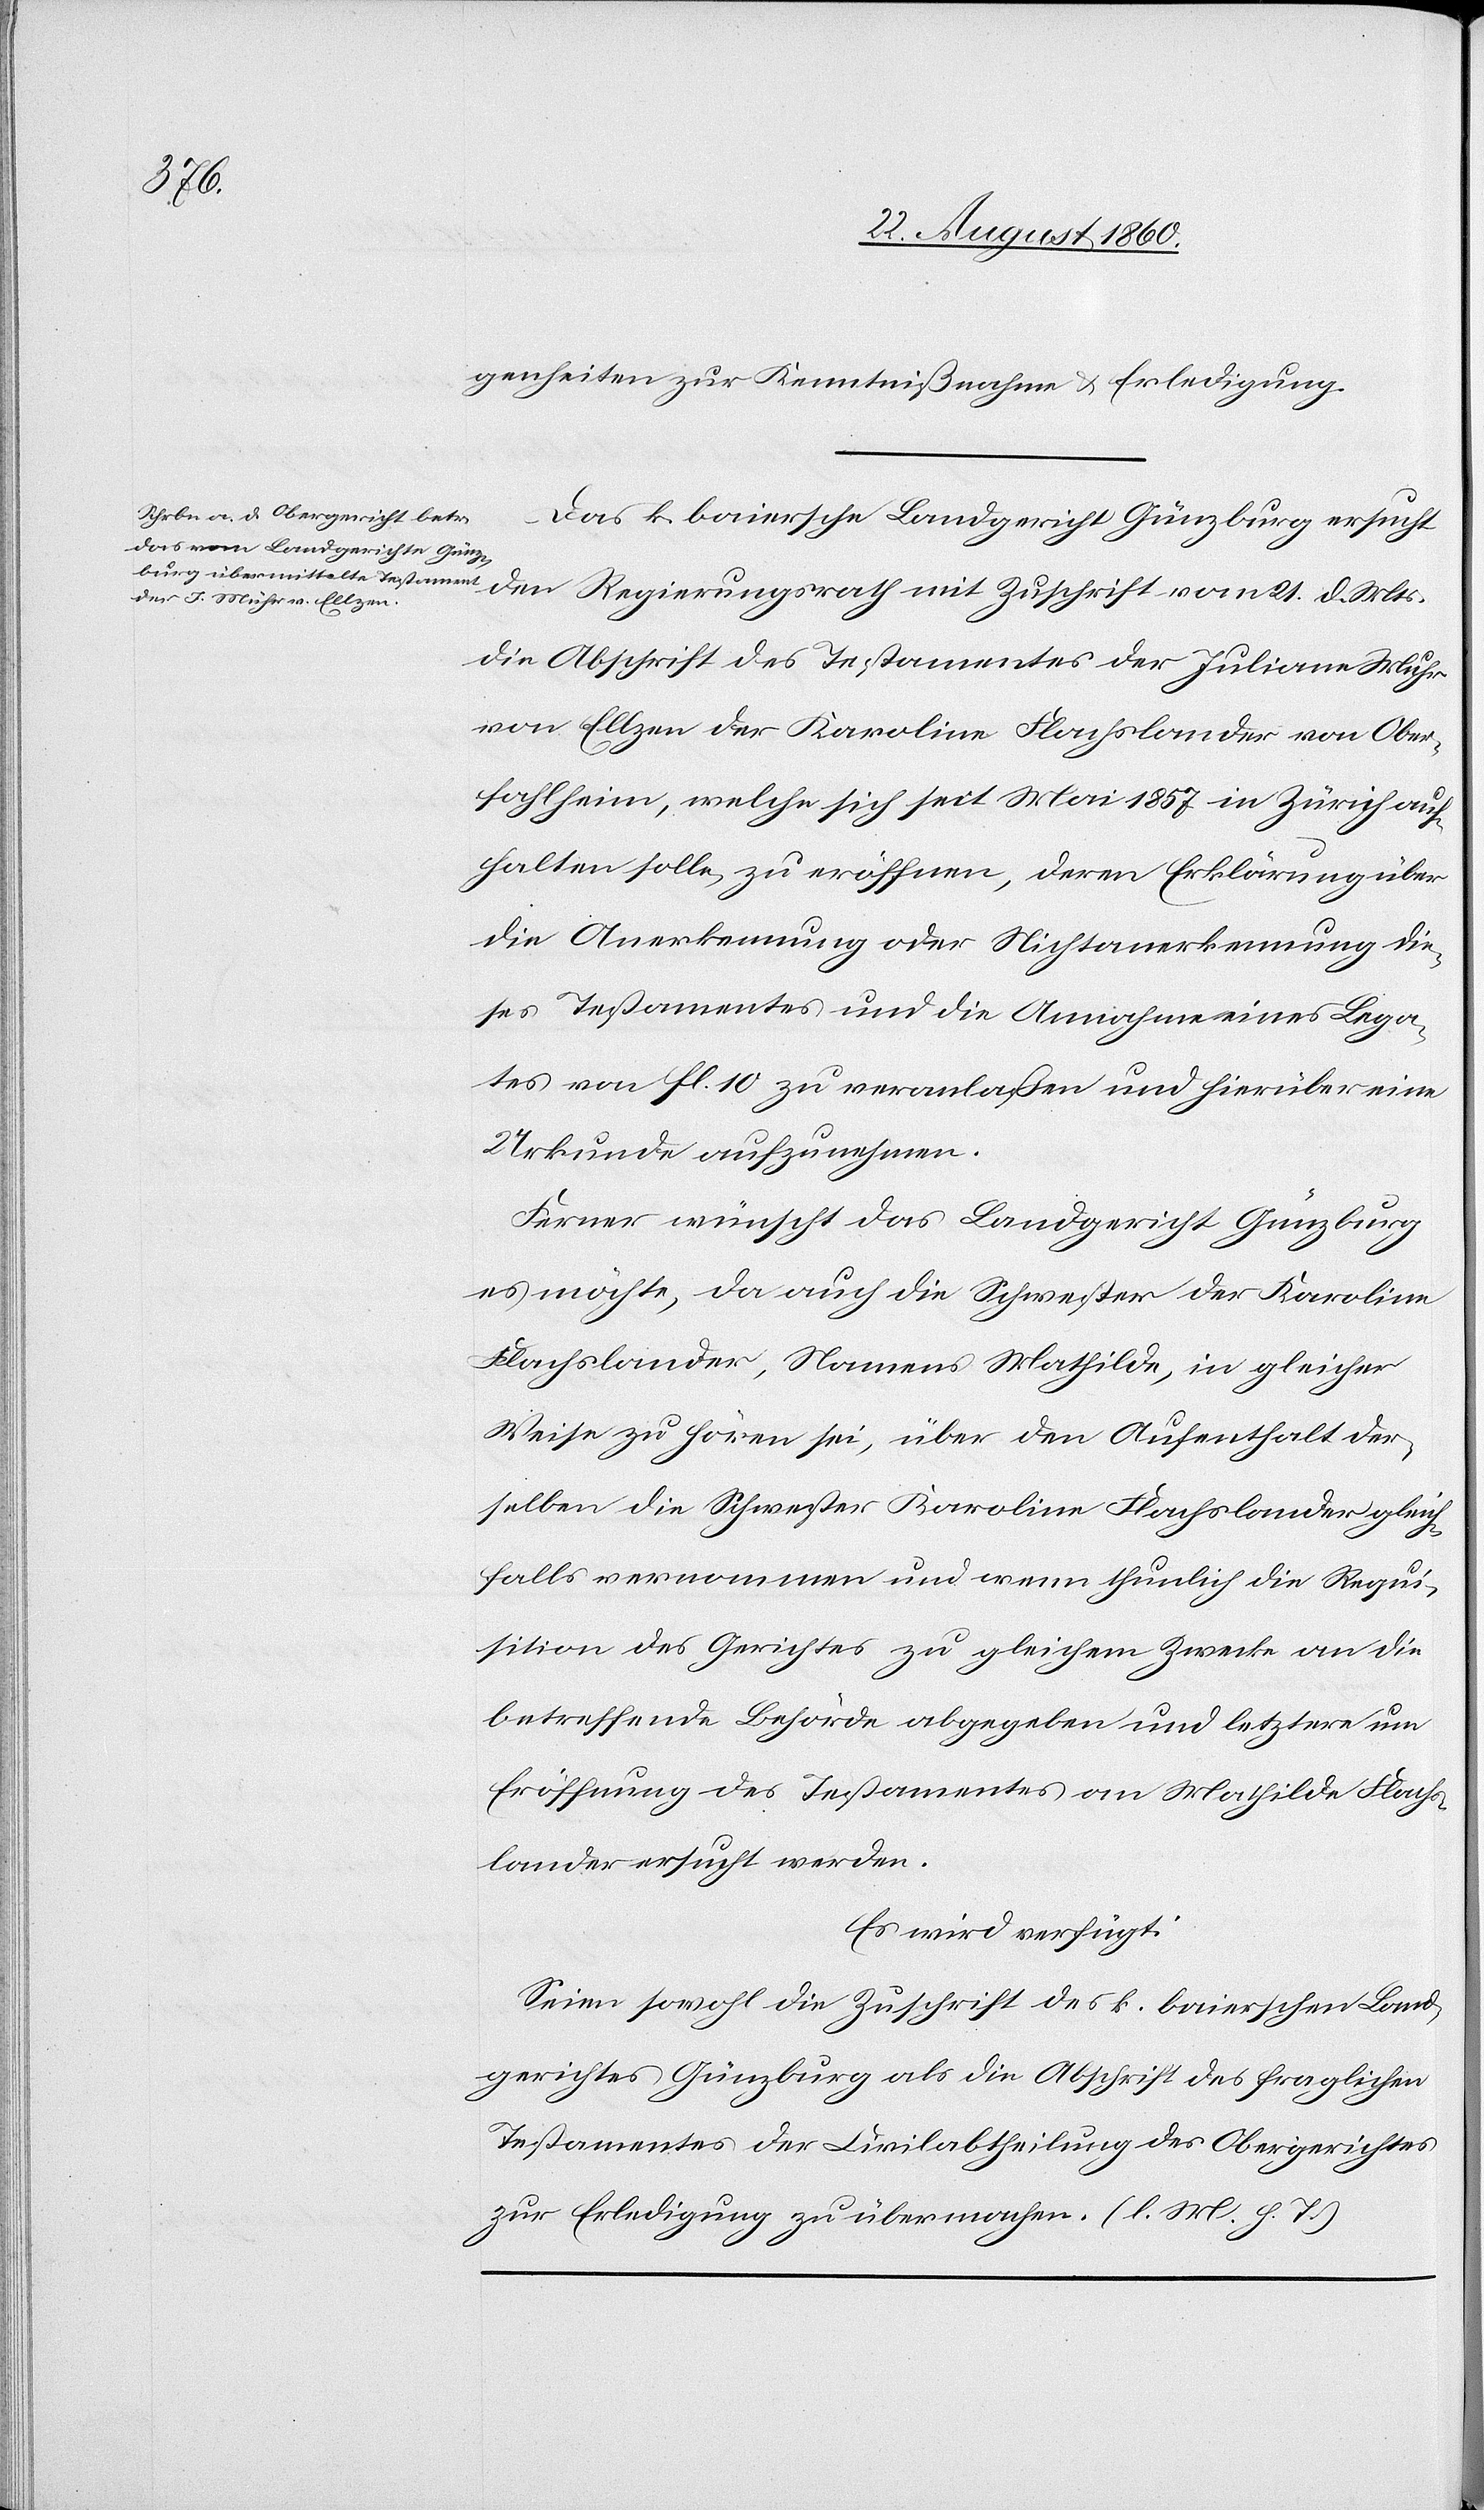
21. d.
27. August 1860.]
genheiten zur Kenntnissnahme u. Erledigung.
Das k. bayersche Landgericht Günzburg ersucht
die Abschrift des Testamentes der Juliane Wuhr
von Ellzen [sic!] der Karoline Flachslander von Ober¬
fahlheim, welche sich seit Mai 1857 in Zürich auf¬
halten solle, zu eröffnen, deren Erklärung über
die Anerkennung oder Nichtanerkennung die¬
ses Testamentes u. die Annahme eines Lega¬
tes von fl. 10 zu veranlassen und hierüber eine
Urkunde aufzunehmen.
Ferner wünscht das Landgericht Günzburg,
es möchte, da auch die Schwester der Karoline
Flachslander, Namens Mathilde, in gleicher
Weise zu hören sei, über den Aufenthalt der¬
selben die Schwester Karoline Flachslander gleich¬
falls vernommen und wenn thunlich die Requi¬
sition des Gerichtes zu gleichem Zwecke an die
betreffende Behörde abgegeben und letztere um
Eröffnung des Testamentes an Mathilde Flachs¬
lander ersucht werden.
Es wird verfügt:
Seien sowol die Zuschrift des k. bairischen Land¬
gerichtes Günzburg als die Abschrift des fraglichen
Testamentes der Civilabtheilung des Obergerichtes
zur Erledigung zu übermachen. (l. M. h. T.)